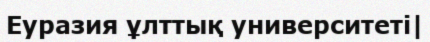
Еуразия ұлттық университеті|